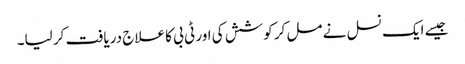
جیسے ایک نسل نے مل کر کوشش کی اور ٹی بی کا علاج دریافت کر لیا۔